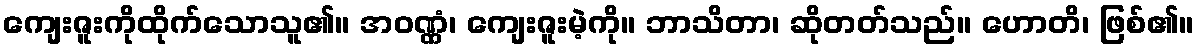
ကျေးဇူးကိုထိုက်သောသူ၏။ အဝဏ္ဏံ၊ ကျေးဇူးမဲ့ကို။ ဘာသိတာ၊ ဆိုတတ်သည်။ ဟောတိ၊ ဖြစ်၏။